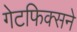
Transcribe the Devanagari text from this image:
गेटफिक्सने